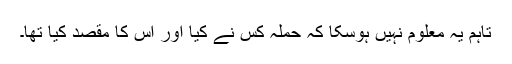
تاہم یہ معلوم نہیں ہوسکا کہ حملہ کس نے کیا اور اس کا مقصد کیا تھا۔